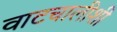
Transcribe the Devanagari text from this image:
वाटचालीशी